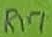
Text: R17